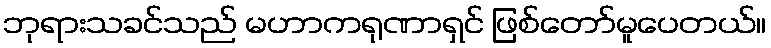
ဘုရားသခင်သည် မဟာကရုဏာရှင် ဖြစ်တော်မူပေတယ်။